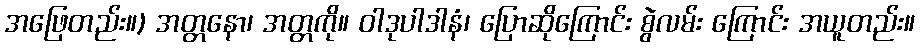
အဖြေတည်း။) အတ္တနော၊ အတ္တကို။ ဝါဒုပါဒါနံ၊ ပြောဆိုကြောင်း စွဲလမ်း ကြောင်း အယူတည်း။